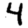
Digit: 4